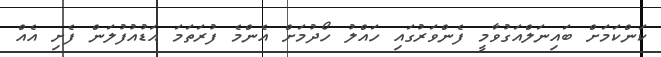
ކަންކަމަށް ބައިނަލްއަގުވާމީ ފެންވަރުގައި ހައްލު ހޯދުމަށް އެންމެ ފުރަތަމަ އަޑުއުފުލަން ފެށި އެއް